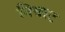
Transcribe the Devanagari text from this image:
निवाट